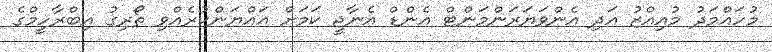
މުހައްމަދު މުއިއްޒު އަދި އެންވަޔަރަންމަންޓް އެންޑް އެނާޖީ ކަމަށް އައްޔަންކުރެއްވި ތޯރިގު އިބްރާހީމްގެ